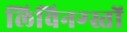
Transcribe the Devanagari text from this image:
लिविनग्स्तों